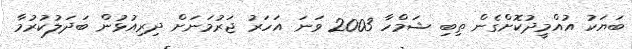
ބަޔަކު އުއްމީދުކޮށްގެން ތިބި ޝަމްހާ 2003 ވަނަ އަހަރު ޖަރުމަނަށް ދިރިއުޅުން ބަދަލުކުރުމާ